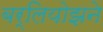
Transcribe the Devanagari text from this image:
बर्लियोझने